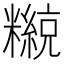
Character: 𥽄